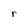
Character: r